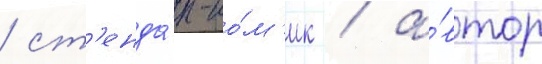
/ ст'енда́п-ко́м'ик / а́втор